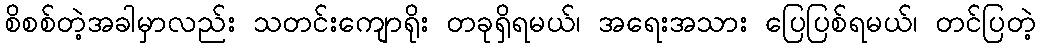
စိစစ်တဲ့အခါမှာလည်း သတင်းကျောရိုး တခုရှိရမယ်၊ အရေးအသား ပြေပြစ်ရမယ်၊ တင်ပြတဲ့